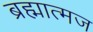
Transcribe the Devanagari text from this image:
ब्रह्मात्मज